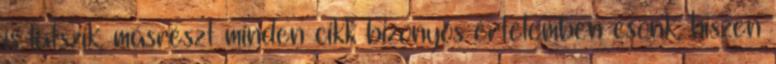
is látszik, másrészt minden cikk bizonyos értelemben csonk, hiszen